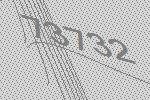
73732